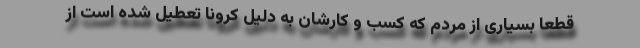
قطعا بسیاری از مردم که کسب و کارشان به دلیل کرونا تعطیل شده است از